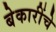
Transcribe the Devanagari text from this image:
बेकारींचे